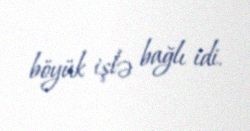
böyük işlə bağlı idi.